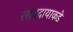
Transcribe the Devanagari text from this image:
सांप्रदायाकडे